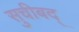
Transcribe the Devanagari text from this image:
सुचीबद्